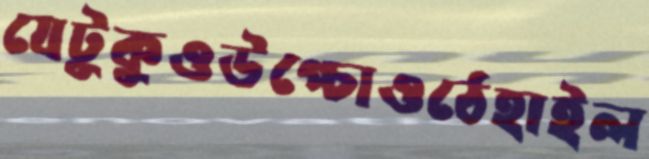
যেটুকুওউপ্‌চোওঠেহাইল